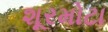
શૂરમોટા